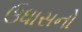
ઉધાસનો